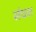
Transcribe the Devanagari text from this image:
संघश